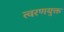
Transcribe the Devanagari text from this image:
त्वरणयुक्त